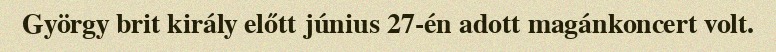
György brit király előtt június 27-én adott magánkoncert volt.